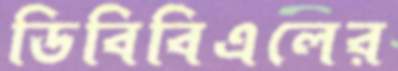
ডিবিবিএলের